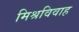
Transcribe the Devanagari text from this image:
मिश्रविवाह